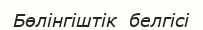
Бөлінгіштік  белгісі